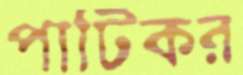
পাটিকর